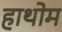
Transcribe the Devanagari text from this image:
हाथोम